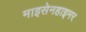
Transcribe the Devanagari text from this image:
माइसेनहाइमर